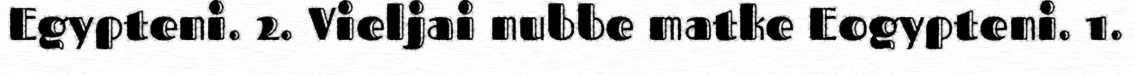
Egypteni. 2. Vieljai nubbe matke Eogypteni. 1.